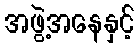
အဖွဲ့အနေနှင့်